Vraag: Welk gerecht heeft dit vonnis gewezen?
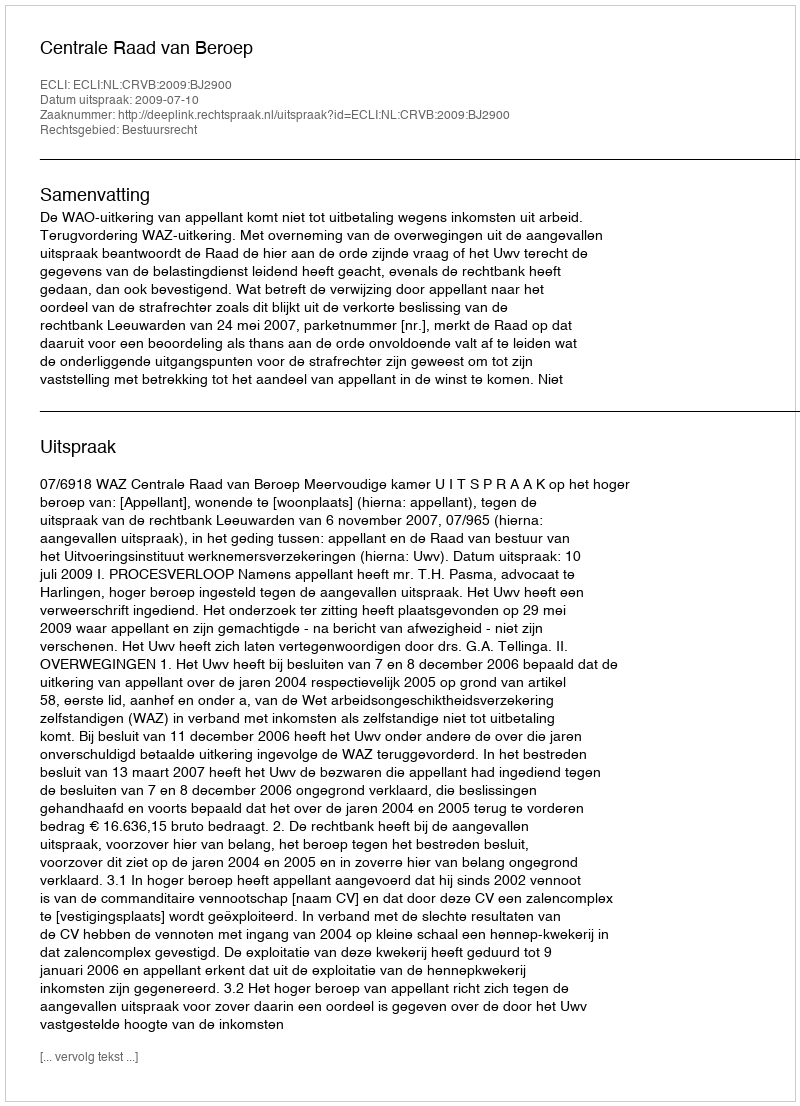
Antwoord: Centrale Raad van Beroep